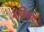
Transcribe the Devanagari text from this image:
बंकिंघम